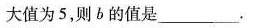
大值为5，则b的值是___.